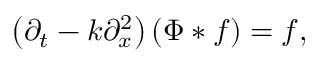
\left( \partial _ { t } - k \partial _ { x } ^ { 2 } \right) ( \Phi * f ) = f ,